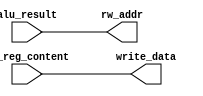
`timescale 1ns / 1ps
//////////////////////////////////////////////////////////////////////////////////
// Company: 
// Engineer: 
// 
// Design Name: 
// Module Name: output_gengerator
// Project Name: 
// Target Devices: 
// Tool Versions: 
// Description: 
// 
// Dependencies: 
// 
// Revision:
// Revision 0.01 - File Created
// Additional Comments:
// 
//////////////////////////////////////////////////////////////////////////////////


module output_gengerator(
						//input signals
						input [31:0] alu_result,
						input [31:0] rt_reg_content,
						//output signals
						output [31:0] write_data,
						output [31:0] rw_addr
    );
		assign rw_addr = alu_result;
		assign write_data = rt_reg_content;
endmodule